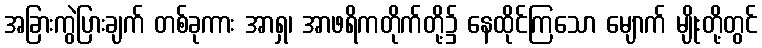
အခြားကွဲပြားချက် တစ်ခုကား အာရှ၊ အာဖရိကတိုက်တို့၌ နေထိုင်ကြသော မျောက် မျိုးတို့တွင်